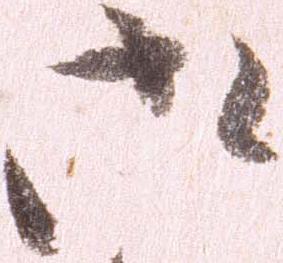
御